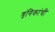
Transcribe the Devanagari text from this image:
शृंगिकांची